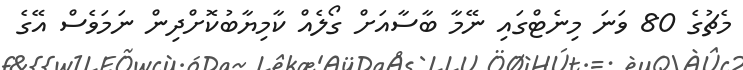
މެޗުގެ 80 ވަނަ މިނެޓްގައި ނޭމާ ބާސާއަށް ގޯލެއް ކާމިޔާބުކޮށްދިން ނަމަވެސް އޭގެ